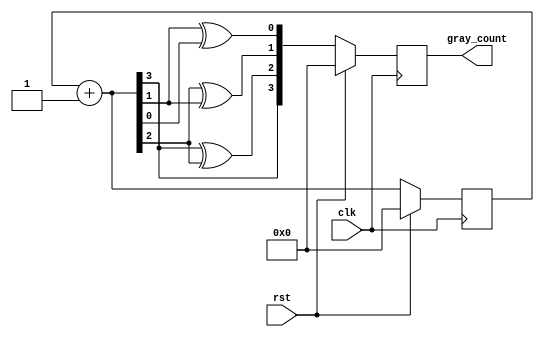
// This program was cloned from: https://github.com/ekb0412/100DaysofRTL
// License: Apache License 2.0

`timescale 1ns / 1ps

module gray_counter(
    input clk,rst,
    output reg [3:0] gray_count
    );

    reg [3:0] bin_count;
   
    always@(posedge clk)
    begin 
        if(rst)
            begin
                gray_count=4'b0000;
                bin_count=4'b0000;
            end
        else
            begin
                bin_count = bin_count + 1;
                gray_count = {bin_count[3],bin_count[3]^bin_count[2],bin_count[2]^bin_count[1],bin_count[1]^bin_count[0]};
            end
    end   
endmodule